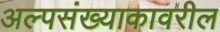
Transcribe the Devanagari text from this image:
अल्पसंख्याकावरील